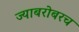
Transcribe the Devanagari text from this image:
ज्याबरोबरच